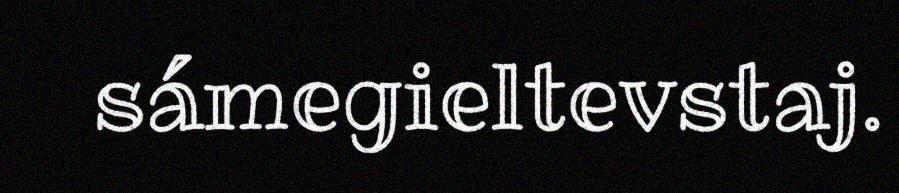
sámegieltevstaj.